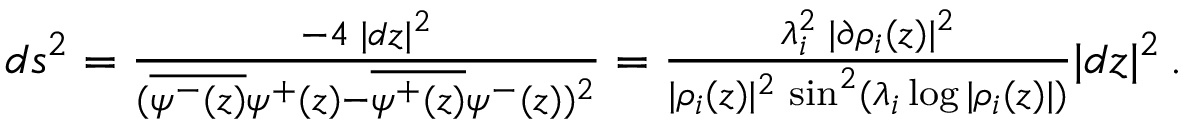
\begin{array} { r } { d s ^ { 2 } = { \frac { - 4 \; | d z | ^ { 2 } } { ( \overline { { \psi ^ { - } ( z ) } } \psi ^ { + } ( z ) - \overline { { \psi ^ { + } ( z ) } } \psi ^ { - } ( z ) ) ^ { 2 } } } = { \frac { \lambda _ { i } ^ { 2 } \; | \partial \rho _ { i } ( z ) | ^ { 2 } } { | \rho _ { i } ( z ) | ^ { 2 } \, \sin ^ { 2 } ( \lambda _ { i } \log | \rho _ { i } ( z ) | ) } } | d z | ^ { 2 } \, . } \end{array}